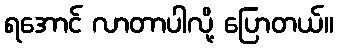
ရအောင် လာတာပါလို့ ပြောတယ်။